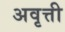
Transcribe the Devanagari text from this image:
अवृत्ती